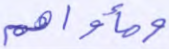
ومأواهم